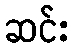
ဆင်း